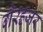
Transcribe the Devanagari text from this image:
गैरहजर